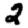
Digit: 2